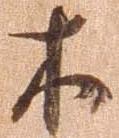
木